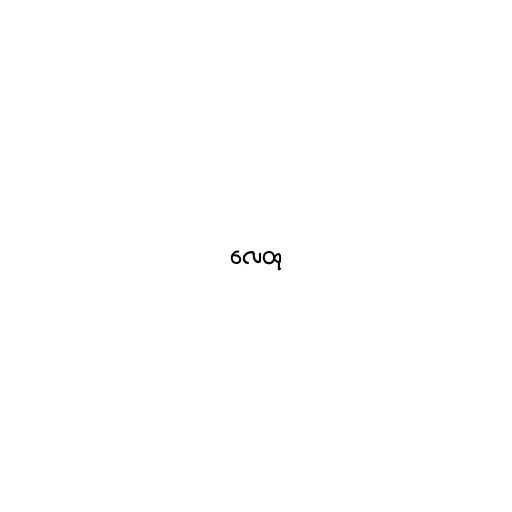
လေထု